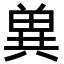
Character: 兾